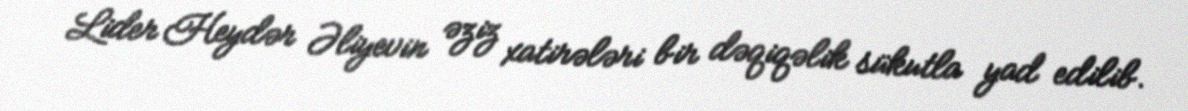
Lider Heydər Əliyevin əziz xatirələri bir dəqiqəlik sükutla yad edilib.